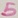
Text: 5